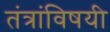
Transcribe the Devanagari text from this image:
तंत्रांविषयी